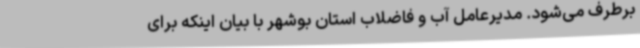
برطرف می‌شود. مدیرعامل آب و فاضلاب استان بوشهر با بیان اینکه برای